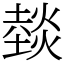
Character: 燅